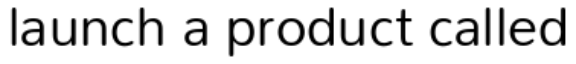
launch a product called